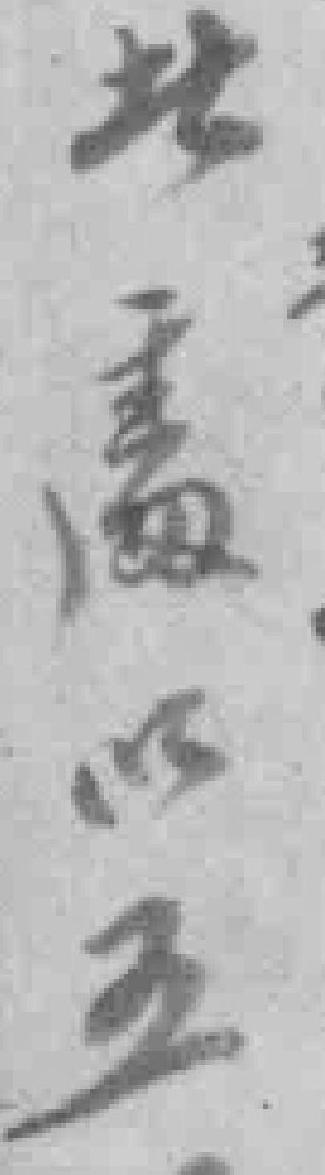
此處以五